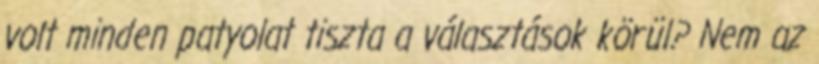
volt minden patyolat tiszta a választások körül? Nem az